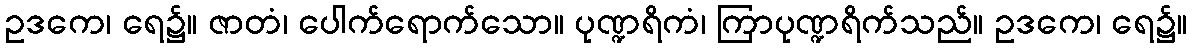
ဥဒကေ၊ ရေ၌။ ဇာတံ၊ ပေါက်ရောက်သော။ ပုဏ္ဍရိကံ၊ ကြာပုဏ္ဍရိက်သည်။ ဥဒကေ၊ ရေ၌။